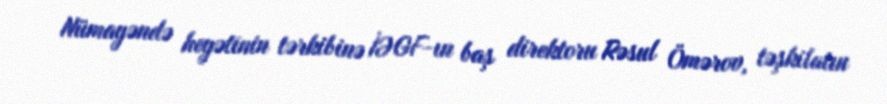
Nümayəndə heyətinin tərkibinə İƏGF-ın baş direktoru Rəsul Ömərov, təşkilatın